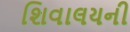
શિવાલયની